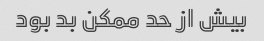
بیش از حد ممکن بد بود